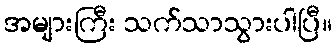
အများကြီး သက်သာသွားပါပြီ။